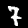
Label: 7